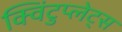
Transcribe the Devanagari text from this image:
क्विंटुप्लेट्स